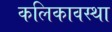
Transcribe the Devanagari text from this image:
कलिकावस्था